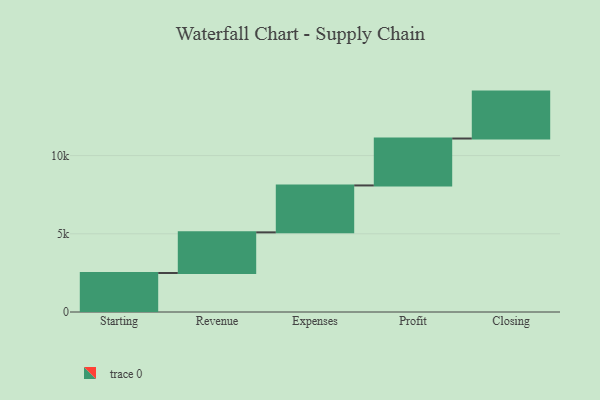
{"axis": {"x": "Step", "y": "Value"}, "legend": [""], "data": [{"x": "Starting", "y": 2495.0, "type": ""}, {"x": "Revenue", "y": 2597.0, "type": ""}, {"x": "Expenses", "y": 3000, "type": ""}, {"x": "Profit", "y": 3000, "type": ""}, {"x": "Closing", "y": 3000, "type": ""}]}